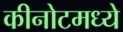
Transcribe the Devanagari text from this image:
कीनोटमध्ये